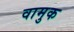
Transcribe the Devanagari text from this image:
वामुक